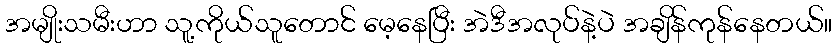
အမျိုးသမီးဟာ သူ့ကိုယ်သူတောင် မေ့နေပြီး အဲဒီအလုပ်နဲ့ပဲ အချိန်ကုန်နေတယ်။